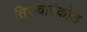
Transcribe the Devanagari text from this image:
तिरुवारंकोड